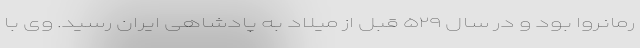
رمانروا بود و در سال ۵۲۹ قبل از میلاد به پادشاهی ایران رسید. وی با